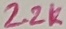
Text: 2.2K